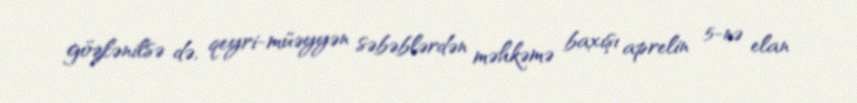
gözlənilsə də, qeyri-müəyyən səbəblərdən məhkəmə baxışı aprelin 5-nə elan